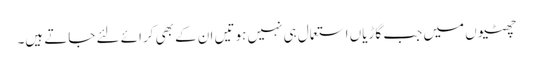
چھٹیوں میں جب گاڑیاں استعمال ہی نہیں ہوتیں ان کے بھی کرائے لئے جاتے ہیں۔